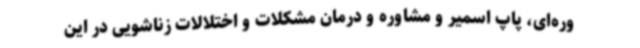
وره‌ای، پاپ اسمیر و مشاوره و درمان مشکلات و اختلالات زناشویی در این